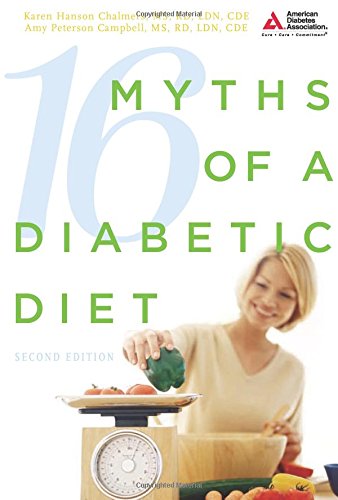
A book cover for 16 Myths of a Diabetic Diet; Karen Hanson Chalmers M.S.; Health, Fitness & Dieting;